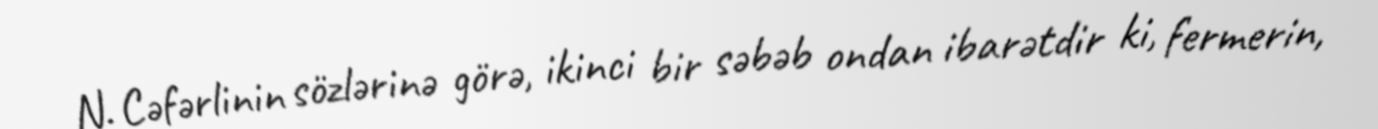
N. Cəfərlinin sözlərinə görə, ikinci bir səbəb ondan ibarətdir ki, fermerin,